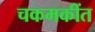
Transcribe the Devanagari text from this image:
चकमकींत